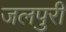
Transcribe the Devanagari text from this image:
जलपुरी